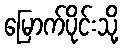
မြောက်ပိုင်းသို့